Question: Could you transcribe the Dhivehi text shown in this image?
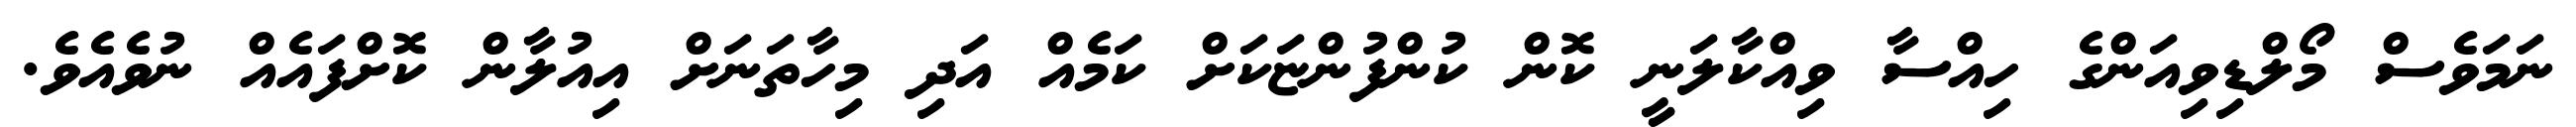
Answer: ނަމަވެސް މޯލްޑިވިއަންގެ ހިއްސާ ވިއްކާލަނީ ކޮން ކުންފުންޏަކަށް ކަމެއް އަދި މިހާތަނަށް އިއުލާން ކޮށްފައެއް ނުވެއެވެ.